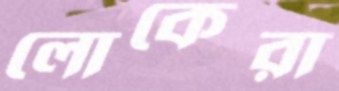
লোকেরা